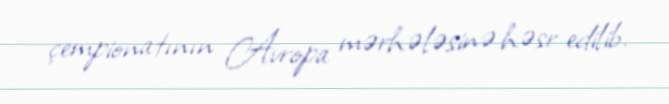
çempionatının Avropa mərhələsinə həsr edilib.